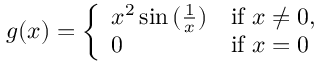
g ( x ) = { \left\{ \begin{array} { l l } { x ^ { 2 } \sin { ( { \frac { 1 } { x } } ) } } & { { \mathrm { i f ~ } } x \neq 0 , } \\ { 0 } & { { \mathrm { i f ~ } } x = 0 } \end{array} \right. }